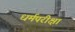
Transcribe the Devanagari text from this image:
धर्मपरीक्षा